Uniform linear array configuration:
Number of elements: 12
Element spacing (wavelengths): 0.5
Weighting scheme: kaiser
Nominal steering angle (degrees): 60
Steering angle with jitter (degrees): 61.961
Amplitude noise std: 0.05
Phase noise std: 0.05

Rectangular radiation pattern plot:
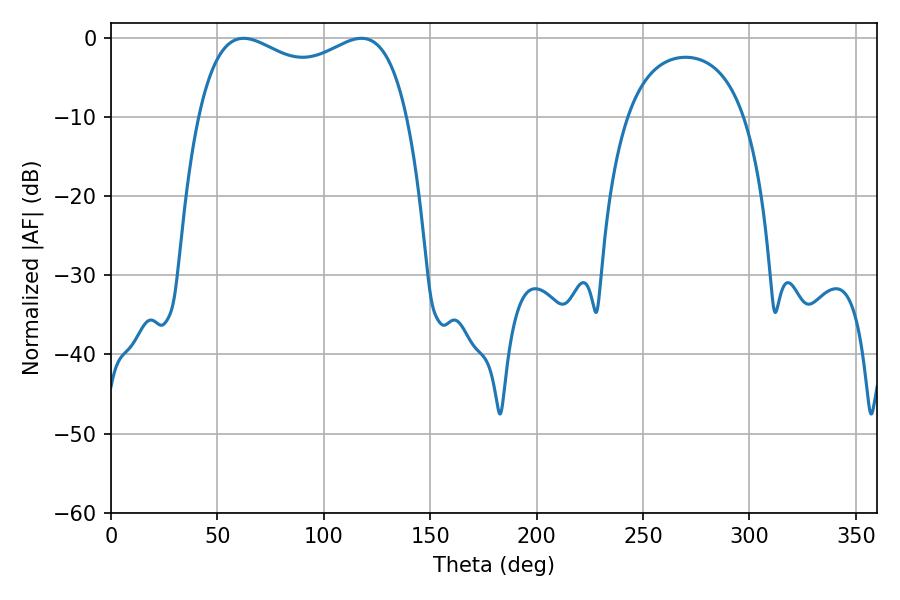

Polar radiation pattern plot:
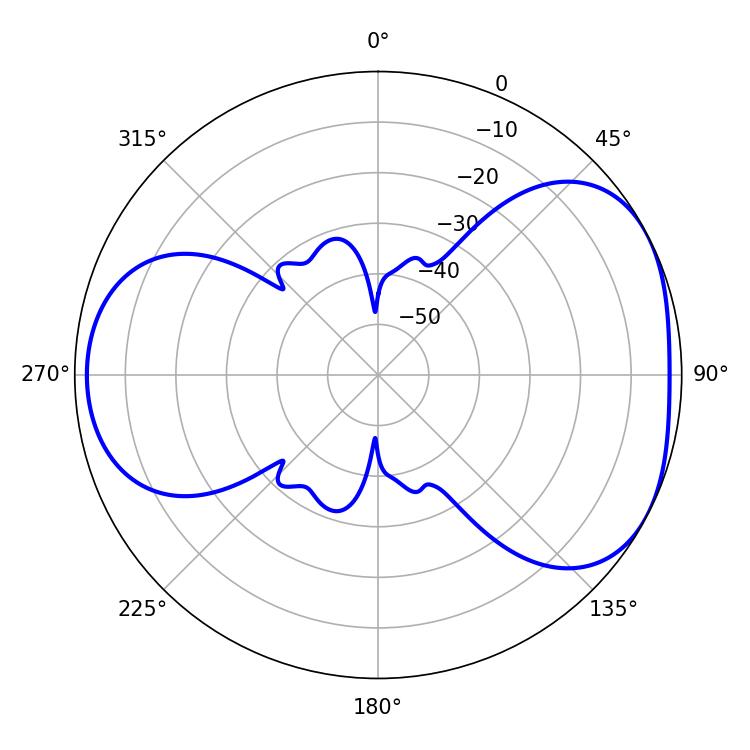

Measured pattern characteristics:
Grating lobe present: FALSE
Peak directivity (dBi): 4.525
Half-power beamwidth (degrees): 81.36
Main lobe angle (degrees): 62.28